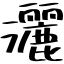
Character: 灑